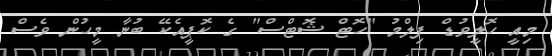
މިއީ ހޮލީވުޑް ފިލްމު "ހޮޓް ޝޮޓްސް" ގެ ކޮޕީއެކޭ ބުނާ މީހުން ވެސް